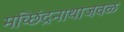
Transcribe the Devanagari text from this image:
मच्छिंद्रनाथाजवळ